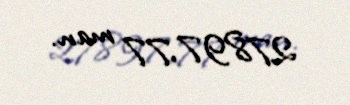
27897,77 man.